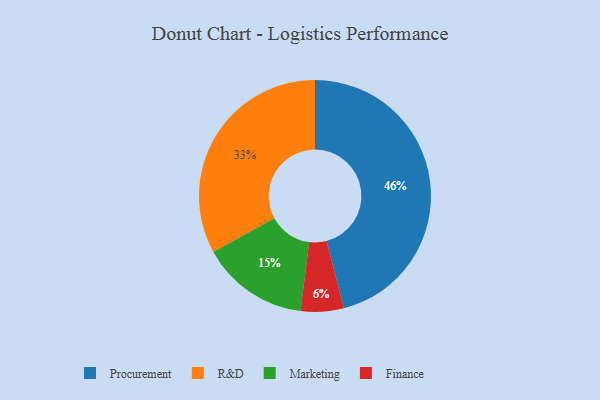
{"axis": {"x": "Category", "y": "Percentage"}, "legend": ["Finance", "Marketing", "Procurement", "R&D"], "data": [{"x": "R&D", "y": 33, "type": "R&D"}, {"x": "Procurement", "y": 46, "type": "Procurement"}, {"x": "Marketing", "y": 15, "type": "Marketing"}, {"x": "Finance", "y": 6, "type": "Finance"}]}